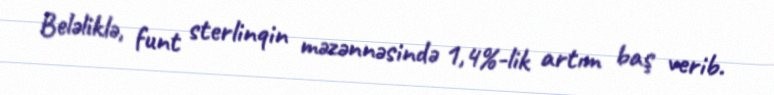
Beləliklə, funt sterlinqin məzənnəsində 1,4%-lik artım baş verib.